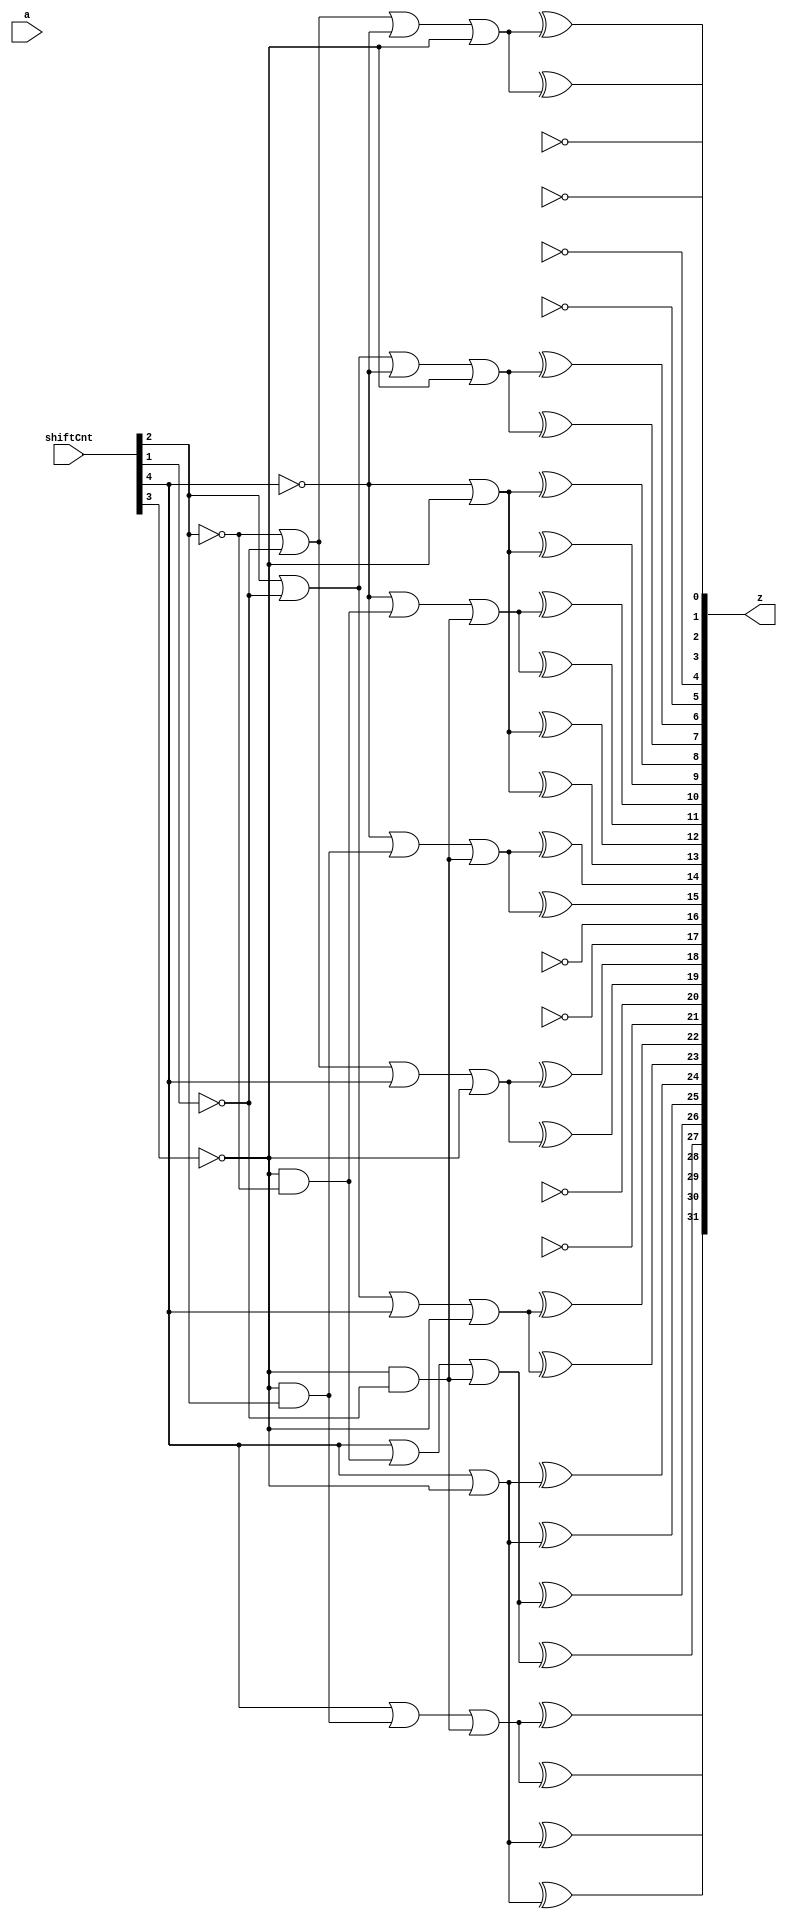
module top(z,a,shiftCnt);
	input [31:0]a;
	input [4:0]shiftCnt;
	output [31:0]z;
	wire m21_4_mux_24_18_g32_inv_sel0, m21_4_mux_24_18_g32_w_0, m21_4_mux_24_18_g32_w_1, m21_4_mux_24_18_g31_inv_sel0, m21_4_mux_24_18_g31_w_0, m21_4_mux_24_18_g31_w_1, m21_4_mux_24_18_g30_inv_sel0, m21_4_mux_24_18_g30_w_0, m21_4_mux_24_18_g30_w_1, m21_4_mux_24_18_g29_inv_sel0, m21_4_mux_24_18_g29_w_0, m21_4_mux_24_18_g29_w_1, m21_4_mux_24_18_g28_inv_sel0, m21_4_mux_24_18_g28_w_0, m21_4_mux_24_18_g28_w_1, m21_4_mux_24_18_g27_inv_sel0, m21_4_mux_24_18_g27_w_0, m21_4_mux_24_18_g27_w_1, m21_4_mux_24_18_g26_inv_sel0, m21_4_mux_24_18_g26_w_0, m21_4_mux_24_18_g26_w_1, m21_4_mux_24_18_g25_inv_sel0, m21_4_mux_24_18_g25_w_0, m21_4_mux_24_18_g25_w_1, m21_4_mux_24_18_g24_inv_sel0, m21_4_mux_24_18_g24_w_0, m21_4_mux_24_18_g24_w_1, m21_4_mux_24_18_g23_inv_sel0, m21_4_mux_24_18_g23_w_0, m21_4_mux_24_18_g23_w_1, m21_4_mux_24_18_g22_inv_sel0, m21_4_mux_24_18_g22_w_0, m21_4_mux_24_18_g22_w_1, m21_4_mux_24_18_g21_inv_sel0, m21_4_mux_24_18_g21_w_0, m21_4_mux_24_18_g21_w_1, m21_4_mux_24_18_g20_inv_sel0, m21_4_mux_24_18_g20_w_0, m21_4_mux_24_18_g20_w_1, m21_4_mux_24_18_g19_inv_sel0, m21_4_mux_24_18_g19_w_0, m21_4_mux_24_18_g19_w_1, m21_4_mux_24_18_g18_inv_sel0, m21_4_mux_24_18_g18_w_0, m21_4_mux_24_18_g18_w_1, m21_4_mux_24_18_g17_inv_sel0, m21_4_mux_24_18_g17_w_0, m21_4_mux_24_18_g17_w_1, m21_3_mux_24_18_g9_inv_sel0, m21_3_mux_24_18_g9_w_0, m21_3_mux_24_18_g9_w_1, m21_3_mux_24_18_g32_inv_sel0, m21_3_mux_24_18_g32_w_0, m21_3_mux_24_18_g32_w_1, m21_3_mux_24_18_g31_inv_sel0, m21_3_mux_24_18_g31_w_0, m21_3_mux_24_18_g31_w_1, m21_3_mux_24_18_g30_inv_sel0, m21_3_mux_24_18_g30_w_0, m21_3_mux_24_18_g30_w_1, m21_3_mux_24_18_g29_inv_sel0, m21_3_mux_24_18_g29_w_0, m21_3_mux_24_18_g29_w_1, m21_3_mux_24_18_g28_inv_sel0, m21_3_mux_24_18_g28_w_0, m21_3_mux_24_18_g28_w_1, m21_3_mux_24_18_g27_inv_sel0, m21_3_mux_24_18_g27_w_0, m21_3_mux_24_18_g27_w_1, m21_3_mux_24_18_g26_inv_sel0, m21_3_mux_24_18_g26_w_0, m21_3_mux_24_18_g26_w_1, m21_3_mux_24_18_g25_inv_sel0, m21_3_mux_24_18_g25_w_0, m21_3_mux_24_18_g25_w_1, m21_3_mux_24_18_g24_inv_sel0, m21_3_mux_24_18_g24_w_0, m21_3_mux_24_18_g24_w_1, m21_3_mux_24_18_g23_inv_sel0, m21_3_mux_24_18_g23_w_0, m21_3_mux_24_18_g23_w_1, m21_3_mux_24_18_g22_inv_sel0, m21_3_mux_24_18_g22_w_0, m21_3_mux_24_18_g22_w_1, m21_3_mux_24_18_g21_inv_sel0, m21_3_mux_24_18_g21_w_0, m21_3_mux_24_18_g21_w_1, m21_3_mux_24_18_g20_inv_sel0, m21_3_mux_24_18_g20_w_0, m21_3_mux_24_18_g20_w_1, m21_3_mux_24_18_g19_inv_sel0, m21_3_mux_24_18_g19_w_0, m21_3_mux_24_18_g19_w_1, m21_3_mux_24_18_g18_inv_sel0, m21_3_mux_24_18_g18_w_0, m21_3_mux_24_18_g18_w_1, m21_3_mux_24_18_g17_inv_sel0, m21_3_mux_24_18_g17_w_0, m21_3_mux_24_18_g17_w_1, m21_3_mux_24_18_g16_inv_sel0, m21_3_mux_24_18_g16_w_0, m21_3_mux_24_18_g16_w_1, m21_3_mux_24_18_g15_inv_sel0, m21_3_mux_24_18_g15_w_0, m21_3_mux_24_18_g15_w_1, m21_3_mux_24_18_g14_inv_sel0, m21_3_mux_24_18_g14_w_0, m21_3_mux_24_18_g14_w_1, m21_3_mux_24_18_g13_inv_sel0, m21_3_mux_24_18_g13_w_0, m21_3_mux_24_18_g13_w_1, m21_3_mux_24_18_g12_inv_sel0, m21_3_mux_24_18_g12_w_0, m21_3_mux_24_18_g12_w_1, m21_3_mux_24_18_g11_inv_sel0, m21_3_mux_24_18_g11_w_0, m21_3_mux_24_18_g11_w_1, m21_3_mux_24_18_g10_inv_sel0, m21_3_mux_24_18_g10_w_0, m21_3_mux_24_18_g10_w_1, m21_2_mux_24_18_g9_inv_sel0, m21_2_mux_24_18_g9_w_0, m21_2_mux_24_18_g9_w_1, m21_2_mux_24_18_g8_inv_sel0, m21_2_mux_24_18_g8_w_0, m21_2_mux_24_18_g8_w_1, m21_2_mux_24_18_g7_inv_sel0, m21_2_mux_24_18_g7_w_0, m21_2_mux_24_18_g7_w_1, m21_2_mux_24_18_g6_inv_sel0, m21_2_mux_24_18_g6_w_0, m21_2_mux_24_18_g6_w_1, m21_2_mux_24_18_g5_inv_sel0, m21_2_mux_24_18_g5_w_0, m21_2_mux_24_18_g5_w_1, m21_2_mux_24_18_g4_inv_sel0, m21_2_mux_24_18_g4_w_0, m21_2_mux_24_18_g4_w_1, m21_2_mux_24_18_g32_inv_sel0, m21_2_mux_24_18_g32_w_0, m21_2_mux_24_18_g32_w_1, m21_2_mux_24_18_g31_inv_sel0, m21_2_mux_24_18_g31_w_0, m21_2_mux_24_18_g31_w_1, m21_2_mux_24_18_g30_inv_sel0, m21_2_mux_24_18_g30_w_0, m21_2_mux_24_18_g30_w_1, m21_2_mux_24_18_g3_inv_sel0, m21_2_mux_24_18_g3_w_0, m21_2_mux_24_18_g3_w_1, m21_2_mux_24_18_g29_inv_sel0, m21_2_mux_24_18_g29_w_0, m21_2_mux_24_18_g29_w_1, m21_2_mux_24_18_g28_inv_sel0, m21_2_mux_24_18_g28_w_0, m21_2_mux_24_18_g28_w_1, m21_2_mux_24_18_g27_inv_sel0, m21_2_mux_24_18_g27_w_0, m21_2_mux_24_18_g27_w_1, m21_2_mux_24_18_g26_inv_sel0, m21_2_mux_24_18_g26_w_0, m21_2_mux_24_18_g26_w_1, m21_2_mux_24_18_g25_inv_sel0, m21_2_mux_24_18_g25_w_0, m21_2_mux_24_18_g25_w_1, m21_2_mux_24_18_g24_inv_sel0, m21_2_mux_24_18_g24_w_0, m21_2_mux_24_18_g24_w_1, m21_2_mux_24_18_g23_inv_sel0, m21_2_mux_24_18_g23_w_0, m21_2_mux_24_18_g23_w_1, m21_2_mux_24_18_g22_inv_sel0, m21_2_mux_24_18_g22_w_0, m21_2_mux_24_18_g22_w_1, m21_2_mux_24_18_g21_inv_sel0, m21_2_mux_24_18_g21_w_0, m21_2_mux_24_18_g21_w_1, m21_2_mux_24_18_g20_inv_sel0, m21_2_mux_24_18_g20_w_0, m21_2_mux_24_18_g20_w_1, m21_2_mux_24_18_g2_inv_sel0, m21_2_mux_24_18_g2_w_0, m21_2_mux_24_18_g2_w_1, m21_2_mux_24_18_g19_inv_sel0, m21_2_mux_24_18_g19_w_0, m21_2_mux_24_18_g19_w_1, m21_2_mux_24_18_g18_inv_sel0, m21_2_mux_24_18_g18_w_0, m21_2_mux_24_18_g18_w_1, m21_2_mux_24_18_g17_inv_sel0, m21_2_mux_24_18_g17_w_0, m21_2_mux_24_18_g17_w_1, m21_2_mux_24_18_g16_inv_sel0, m21_2_mux_24_18_g16_w_0, m21_2_mux_24_18_g16_w_1, m21_2_mux_24_18_g15_inv_sel0, m21_2_mux_24_18_g15_w_0, m21_2_mux_24_18_g15_w_1, m21_2_mux_24_18_g14_inv_sel0, m21_2_mux_24_18_g14_w_0, m21_2_mux_24_18_g14_w_1, m21_2_mux_24_18_g13_inv_sel0, m21_2_mux_24_18_g13_w_0, m21_2_mux_24_18_g13_w_1, m21_2_mux_24_18_g12_inv_sel0, m21_2_mux_24_18_g12_w_0, m21_2_mux_24_18_g12_w_1, m21_2_mux_24_18_g11_inv_sel0, m21_2_mux_24_18_g11_w_0, m21_2_mux_24_18_g11_w_1, m21_2_mux_24_18_g10_inv_sel0, m21_2_mux_24_18_g10_w_0, m21_2_mux_24_18_g10_w_1, m21_2_mux_24_18_g1_inv_sel0, m21_2_mux_24_18_g1_w_0, m21_2_mux_24_18_g1_w_1, m21_1_mux_24_18_g9_inv_sel0, m21_1_mux_24_18_g9_w_0, m21_1_mux_24_18_g9_w_1, m21_1_mux_24_18_g8_inv_sel0, m21_1_mux_24_18_g8_w_0, m21_1_mux_24_18_g8_w_1, m21_1_mux_24_18_g7_inv_sel0, m21_1_mux_24_18_g7_w_0, m21_1_mux_24_18_g7_w_1, m21_1_mux_24_18_g6_inv_sel0, m21_1_mux_24_18_g6_w_0, m21_1_mux_24_18_g6_w_1, m21_1_mux_24_18_g5_inv_sel0, m21_1_mux_24_18_g5_w_0, m21_1_mux_24_18_g5_w_1, m21_1_mux_24_18_g4_inv_sel0, m21_1_mux_24_18_g4_w_0, m21_1_mux_24_18_g4_w_1, m21_1_mux_24_18_g32_inv_sel0, m21_1_mux_24_18_g32_w_0, m21_1_mux_24_18_g32_w_1, m21_1_mux_24_18_g31_inv_sel0, m21_1_mux_24_18_g31_w_0, m21_1_mux_24_18_g31_w_1, m21_1_mux_24_18_g30_inv_sel0, m21_1_mux_24_18_g30_w_0, m21_1_mux_24_18_g30_w_1, m21_1_mux_24_18_g3_inv_sel0, m21_1_mux_24_18_g3_w_0, m21_1_mux_24_18_g3_w_1, m21_1_mux_24_18_g29_inv_sel0, m21_1_mux_24_18_g29_w_0, m21_1_mux_24_18_g29_w_1, m21_1_mux_24_18_g28_inv_sel0, m21_1_mux_24_18_g28_w_0, m21_1_mux_24_18_g28_w_1, m21_1_mux_24_18_g27_inv_sel0, m21_1_mux_24_18_g27_w_0, m21_1_mux_24_18_g27_w_1, m21_1_mux_24_18_g26_inv_sel0, m21_1_mux_24_18_g26_w_0, m21_1_mux_24_18_g26_w_1, m21_1_mux_24_18_g25_inv_sel0, m21_1_mux_24_18_g25_w_0, m21_1_mux_24_18_g25_w_1, m21_1_mux_24_18_g24_inv_sel0, m21_1_mux_24_18_g24_w_0, m21_1_mux_24_18_g24_w_1, m21_1_mux_24_18_g23_inv_sel0, m21_1_mux_24_18_g23_w_0, m21_1_mux_24_18_g23_w_1, m21_1_mux_24_18_g22_inv_sel0, m21_1_mux_24_18_g22_w_0, m21_1_mux_24_18_g22_w_1, m21_1_mux_24_18_g21_inv_sel0, m21_1_mux_24_18_g21_w_0, m21_1_mux_24_18_g21_w_1, m21_1_mux_24_18_g20_inv_sel0, m21_1_mux_24_18_g20_w_0, m21_1_mux_24_18_g20_w_1, m21_1_mux_24_18_g2_inv_sel0, m21_1_mux_24_18_g2_w_0, m21_1_mux_24_18_g2_w_1, m21_1_mux_24_18_g19_inv_sel0, m21_1_mux_24_18_g19_w_0, m21_1_mux_24_18_g19_w_1, m21_1_mux_24_18_g18_inv_sel0, m21_1_mux_24_18_g18_w_0, m21_1_mux_24_18_g18_w_1, m21_1_mux_24_18_g17_inv_sel0, m21_1_mux_24_18_g17_w_0, m21_1_mux_24_18_g17_w_1, m21_1_mux_24_18_g16_inv_sel0, m21_1_mux_24_18_g16_w_0, m21_1_mux_24_18_g16_w_1, m21_1_mux_24_18_g15_inv_sel0, m21_1_mux_24_18_g15_w_0, m21_1_mux_24_18_g15_w_1, m21_1_mux_24_18_g14_inv_sel0, m21_1_mux_24_18_g14_w_0, m21_1_mux_24_18_g14_w_1, m21_1_mux_24_18_g13_inv_sel0, m21_1_mux_24_18_g13_w_0, m21_1_mux_24_18_g13_w_1, m21_1_mux_24_18_g12_inv_sel0, m21_1_mux_24_18_g12_w_0, m21_1_mux_24_18_g12_w_1, m21_1_mux_24_18_g11_inv_sel0, m21_1_mux_24_18_g11_w_0, m21_1_mux_24_18_g11_w_1, m21_1_mux_24_18_g10_inv_sel0, m21_1_mux_24_18_g10_w_0, m21_1_mux_24_18_g10_w_1, m21_0_mux_24_18_g9_inv_sel0, m21_0_mux_24_18_g9_w_0, m21_0_mux_24_18_g9_w_1, m21_0_mux_24_18_g8_inv_sel0, m21_0_mux_24_18_g8_w_0, m21_0_mux_24_18_g8_w_1, m21_0_mux_24_18_g7_inv_sel0, m21_0_mux_24_18_g7_w_0, m21_0_mux_24_18_g7_w_1, m21_0_mux_24_18_g6_inv_sel0, m21_0_mux_24_18_g6_w_0, m21_0_mux_24_18_g6_w_1, m21_0_mux_24_18_g5_inv_sel0, m21_0_mux_24_18_g5_w_0, m21_0_mux_24_18_g5_w_1, m21_0_mux_24_18_g4_inv_sel0, m21_0_mux_24_18_g4_w_0, m21_0_mux_24_18_g4_w_1, m21_0_mux_24_18_g32_inv_sel0, m21_0_mux_24_18_g32_w_0, m21_0_mux_24_18_g32_w_1, m21_0_mux_24_18_g31_inv_sel0, m21_0_mux_24_18_g31_w_0, m21_0_mux_24_18_g31_w_1, m21_0_mux_24_18_g30_inv_sel0, m21_0_mux_24_18_g30_w_0, m21_0_mux_24_18_g30_w_1, m21_0_mux_24_18_g3_inv_sel0, m21_0_mux_24_18_g3_w_0, m21_0_mux_24_18_g3_w_1, m21_0_mux_24_18_g29_inv_sel0, m21_0_mux_24_18_g29_w_0, m21_0_mux_24_18_g29_w_1, m21_0_mux_24_18_g28_inv_sel0, m21_0_mux_24_18_g28_w_0, m21_0_mux_24_18_g28_w_1, m21_0_mux_24_18_g27_inv_sel0, m21_0_mux_24_18_g27_w_0, m21_0_mux_24_18_g27_w_1, m21_0_mux_24_18_g26_inv_sel0, m21_0_mux_24_18_g26_w_0, m21_0_mux_24_18_g26_w_1, m21_0_mux_24_18_g25_inv_sel0, m21_0_mux_24_18_g25_w_0, m21_0_mux_24_18_g25_w_1, m21_0_mux_24_18_g24_inv_sel0, m21_0_mux_24_18_g24_w_0, m21_0_mux_24_18_g24_w_1, m21_0_mux_24_18_g23_inv_sel0, m21_0_mux_24_18_g23_w_0, m21_0_mux_24_18_g23_w_1, m21_0_mux_24_18_g22_inv_sel0, m21_0_mux_24_18_g22_w_0, m21_0_mux_24_18_g22_w_1, m21_0_mux_24_18_g21_inv_sel0, m21_0_mux_24_18_g21_w_0, m21_0_mux_24_18_g21_w_1, m21_0_mux_24_18_g20_inv_sel0, m21_0_mux_24_18_g20_w_0, m21_0_mux_24_18_g20_w_1, m21_0_mux_24_18_g2_inv_sel0, m21_0_mux_24_18_g2_w_0, m21_0_mux_24_18_g2_w_1, m21_0_mux_24_18_g19_inv_sel0, m21_0_mux_24_18_g19_w_0, m21_0_mux_24_18_g19_w_1, m21_0_mux_24_18_g18_inv_sel0, m21_0_mux_24_18_g18_w_0, m21_0_mux_24_18_g18_w_1, m21_0_mux_24_18_g17_inv_sel0, m21_0_mux_24_18_g17_w_0, m21_0_mux_24_18_g17_w_1, m21_0_mux_24_18_g16_inv_sel0, m21_0_mux_24_18_g16_w_0, m21_0_mux_24_18_g16_w_1, m21_0_mux_24_18_g15_inv_sel0, m21_0_mux_24_18_g15_w_0, m21_0_mux_24_18_g15_w_1, m21_0_mux_24_18_g14_inv_sel0, m21_0_mux_24_18_g14_w_0, m21_0_mux_24_18_g14_w_1, m21_0_mux_24_18_g13_inv_sel0, m21_0_mux_24_18_g13_w_0, m21_0_mux_24_18_g13_w_1, m21_0_mux_24_18_g12_inv_sel0, m21_0_mux_24_18_g12_w_0, m21_0_mux_24_18_g12_w_1, m21_0_mux_24_18_g11_inv_sel0, m21_0_mux_24_18_g11_w_0, m21_0_mux_24_18_g11_w_1, m21_0_mux_24_18_g10_inv_sel0, m21_0_mux_24_18_g10_w_0, m21_0_mux_24_18_g10_w_1, n_228, n_227, n_224, n_223, n_220, n_219, n_216, n_215, n_212, n_211, n_208, n_207, n_204, n_203, n_200, n_199, n_196, n_195, n_192, n_191, n_188, n_187, n_184, n_183, n_180, n_179, n_176, n_175, n_172, n_171, n_168, n_167, n_166, n_165, n_164, n_163, n_160, n_159, n_156, n_155, n_152, n_151, n_148, n_147, n_144, n_143, n_140, n_139, n_136, n_135, n_134, n_133, m21_4_n_81, m21_4_n_80, m21_4_n_79, m21_4_n_78, m21_4_n_77, m21_4_n_76, m21_4_n_75, m21_4_n_74, m21_4_n_73, m21_4_n_72, m21_4_n_71, m21_4_n_70, m21_4_n_69, m21_4_n_68, m21_4_n_67, m21_4_n_66, m21_3_n_89, m21_3_n_88, m21_3_n_87, m21_3_n_86, m21_3_n_85, m21_3_n_84, m21_3_n_83, m21_3_n_82, m21_3_n_81, m21_3_n_80, m21_3_n_79, m21_3_n_78, m21_3_n_77, m21_3_n_76, m21_3_n_75, m21_3_n_74, m21_3_n_73, m21_3_n_72, m21_3_n_71, m21_3_n_70, m21_3_n_69, m21_3_n_68, m21_3_n_67, m21_3_n_66, m21_2_n_97, m21_2_n_96, m21_2_n_95, m21_2_n_94, m21_2_n_93, m21_2_n_92, m21_2_n_91, m21_2_n_90, m21_2_n_89, m21_2_n_88, m21_2_n_87, m21_2_n_86, m21_2_n_85, m21_2_n_84, m21_2_n_83, m21_2_n_82, m21_2_n_81, m21_2_n_80, m21_2_n_79, m21_2_n_78, m21_2_n_77, m21_2_n_76, m21_2_n_75, m21_2_n_74, m21_2_n_73, m21_2_n_72, m21_2_n_71, m21_2_n_70, m21_2_n_69, m21_2_n_68, m21_2_n_67, m21_2_n_66, m21_1_n_96, m21_1_n_95, m21_1_n_94, m21_1_n_93, m21_1_n_92, m21_1_n_91, m21_1_n_90, m21_1_n_89, m21_1_n_88, m21_1_n_87, m21_1_n_86, m21_1_n_85, m21_1_n_84, m21_1_n_83, m21_1_n_82, m21_1_n_81, m21_1_n_80, m21_1_n_79, m21_1_n_78, m21_1_n_77, m21_1_n_76, m21_1_n_75, m21_1_n_74, m21_1_n_73, m21_1_n_72, m21_1_n_71, m21_1_n_70, m21_1_n_69, m21_1_n_68, m21_1_n_67, m21_1_n_66, m21_0_n_96, m21_0_n_95, m21_0_n_94, m21_0_n_93, m21_0_n_92, m21_0_n_91, m21_0_n_90, m21_0_n_89, m21_0_n_88, m21_0_n_87, m21_0_n_86, m21_0_n_85, m21_0_n_84, m21_0_n_83, m21_0_n_82, m21_0_n_81, m21_0_n_80, m21_0_n_79, m21_0_n_78, m21_0_n_77, m21_0_n_76, m21_0_n_75, m21_0_n_74, m21_0_n_73, m21_0_n_72, m21_0_n_71, m21_0_n_70, m21_0_n_69, m21_0_n_68, m21_0_n_67, m21_0_n_66;
	wire [31:0]d3, d2, d1, d0, z;
	wire [4:0]shiftCnt;
	wire [31:0]a;
	wire sub_wire0, w_eco0, w_eco1, w_eco2, w_eco3, sub_wire1, w_eco4, w_eco5, w_eco6, w_eco7, w_eco8, sub_wire2, w_eco9, sub_wire3, w_eco10, sub_wire4, w_eco11, w_eco12, w_eco13, w_eco14, w_eco15, sub_wire5, w_eco16, w_eco17, w_eco18, w_eco19, w_eco20, sub_wire6, w_eco21, sub_wire7, w_eco22, sub_wire8, w_eco23, w_eco24, w_eco25, w_eco26, sub_wire9, w_eco27, w_eco28, w_eco29, w_eco30, sub_wire10, w_eco31, w_eco32, w_eco33, sub_wire11, w_eco34, w_eco35, w_eco36, w_eco37, sub_wire12, w_eco38, w_eco39, w_eco40, sub_wire13, w_eco41, w_eco42, w_eco43, w_eco44, sub_wire14, w_eco45, w_eco46, w_eco47, w_eco48, sub_wire15, w_eco49, w_eco50, w_eco51, sub_wire16, w_eco52, w_eco53, w_eco54, sub_wire17, w_eco55, w_eco56, w_eco57, w_eco58, w_eco59, sub_wire18, w_eco60, w_eco61, w_eco62, w_eco63, w_eco64, sub_wire19, w_eco65, sub_wire20, w_eco66, sub_wire21, w_eco67, w_eco68, w_eco69, w_eco70, w_eco71, sub_wire22, w_eco72, w_eco73, w_eco74, sub_wire23, w_eco75, w_eco76, w_eco77, w_eco78, w_eco79, sub_wire24, w_eco80, sub_wire25, w_eco81, sub_wire26, w_eco82, w_eco83, w_eco84, sub_wire27, w_eco85, w_eco86, w_eco87, w_eco88, sub_wire28, w_eco89, w_eco90, w_eco91, w_eco92, sub_wire29, w_eco93, w_eco94, w_eco95, sub_wire30, w_eco96, w_eco97, w_eco98, sub_wire31, w_eco99, w_eco100, w_eco101, w_eco102, w_eco103;

	assign w_eco0 = shiftCnt[4];
	and _ECO_1(w_eco1, !shiftCnt[3], shiftCnt[2]);
	and _ECO_2(w_eco2, !shiftCnt[3], !shiftCnt[1]);
	or _ECO_3(w_eco3, w_eco0, w_eco1, w_eco2);
	xor _ECO_out0(z[31], sub_wire0, w_eco3);
	assign w_eco4 = shiftCnt[2];
	assign w_eco5 = !shiftCnt[1];
	assign w_eco6 = shiftCnt[4];
	assign w_eco7 = !shiftCnt[3];
	or _ECO_8(w_eco8, w_eco4, w_eco5, w_eco6, w_eco7);
	xor _ECO_out1(z[22], sub_wire1, w_eco8);
	assign w_eco9 = 1'b1;
	xor _ECO_out2(z[21], sub_wire2, w_eco9);
	assign w_eco10 = 1'b1;
	xor _ECO_out3(z[20], sub_wire3, w_eco10);
	assign w_eco11 = !shiftCnt[2];
	assign w_eco12 = !shiftCnt[1];
	assign w_eco13 = shiftCnt[4];
	assign w_eco14 = !shiftCnt[3];
	or _ECO_15(w_eco15, w_eco11, w_eco12, w_eco13, w_eco14);
	xor _ECO_out4(z[19], sub_wire4, w_eco15);
	assign w_eco16 = !shiftCnt[2];
	assign w_eco17 = !shiftCnt[1];
	assign w_eco18 = shiftCnt[4];
	assign w_eco19 = !shiftCnt[3];
	or _ECO_20(w_eco20, w_eco16, w_eco17, w_eco18, w_eco19);
	xor _ECO_out5(z[18], sub_wire5, w_eco20);
	assign w_eco21 = 1'b1;
	xor _ECO_out6(z[17], sub_wire6, w_eco21);
	assign w_eco22 = 1'b1;
	xor _ECO_out7(z[16], sub_wire7, w_eco22);
	assign w_eco23 = !shiftCnt[4];
	and _ECO_24(w_eco24, !shiftCnt[3], shiftCnt[2]);
	and _ECO_25(w_eco25, !shiftCnt[3], !shiftCnt[1]);
	or _ECO_26(w_eco26, w_eco23, w_eco24, w_eco25);
	xor _ECO_out8(z[15], sub_wire8, w_eco26);
	assign w_eco27 = !shiftCnt[4];
	and _ECO_28(w_eco28, !shiftCnt[3], shiftCnt[2]);
	and _ECO_29(w_eco29, !shiftCnt[3], !shiftCnt[1]);
	or _ECO_30(w_eco30, w_eco27, w_eco28, w_eco29);
	xor _ECO_out9(z[14], sub_wire9, w_eco30);
	assign w_eco31 = !shiftCnt[4];
	assign w_eco32 = !shiftCnt[3];
	or _ECO_33(w_eco33, w_eco31, w_eco32);
	xor _ECO_out10(z[13], sub_wire10, w_eco33);
	assign w_eco34 = shiftCnt[4];
	and _ECO_35(w_eco35, !shiftCnt[3], shiftCnt[2]);
	and _ECO_36(w_eco36, !shiftCnt[3], !shiftCnt[1]);
	or _ECO_37(w_eco37, w_eco34, w_eco35, w_eco36);
	xor _ECO_out11(z[30], sub_wire11, w_eco37);
	assign w_eco38 = !shiftCnt[4];
	assign w_eco39 = !shiftCnt[3];
	or _ECO_40(w_eco40, w_eco38, w_eco39);
	xor _ECO_out12(z[12], sub_wire12, w_eco40);
	assign w_eco41 = !shiftCnt[4];
	and _ECO_42(w_eco42, !shiftCnt[3], !shiftCnt[2]);
	and _ECO_43(w_eco43, !shiftCnt[3], !shiftCnt[1]);
	or _ECO_44(w_eco44, w_eco41, w_eco42, w_eco43);
	xor _ECO_out13(z[11], sub_wire13, w_eco44);
	assign w_eco45 = !shiftCnt[4];
	and _ECO_46(w_eco46, !shiftCnt[3], !shiftCnt[2]);
	and _ECO_47(w_eco47, !shiftCnt[3], !shiftCnt[1]);
	or _ECO_48(w_eco48, w_eco45, w_eco46, w_eco47);
	xor _ECO_out14(z[10], sub_wire14, w_eco48);
	assign w_eco49 = !shiftCnt[4];
	assign w_eco50 = !shiftCnt[3];
	or _ECO_51(w_eco51, w_eco49, w_eco50);
	xor _ECO_out15(z[9], sub_wire15, w_eco51);
	assign w_eco52 = !shiftCnt[4];
	assign w_eco53 = !shiftCnt[3];
	or _ECO_54(w_eco54, w_eco52, w_eco53);
	xor _ECO_out16(z[8], sub_wire16, w_eco54);
	assign w_eco55 = shiftCnt[2];
	assign w_eco56 = !shiftCnt[1];
	assign w_eco57 = !shiftCnt[4];
	assign w_eco58 = !shiftCnt[3];
	or _ECO_59(w_eco59, w_eco55, w_eco56, w_eco57, w_eco58);
	xor _ECO_out17(z[7], sub_wire17, w_eco59);
	assign w_eco60 = shiftCnt[2];
	assign w_eco61 = !shiftCnt[1];
	assign w_eco62 = !shiftCnt[4];
	assign w_eco63 = !shiftCnt[3];
	or _ECO_64(w_eco64, w_eco60, w_eco61, w_eco62, w_eco63);
	xor _ECO_out18(z[6], sub_wire18, w_eco64);
	assign w_eco65 = 1'b1;
	xor _ECO_out19(z[5], sub_wire19, w_eco65);
	assign w_eco66 = 1'b1;
	xor _ECO_out20(z[4], sub_wire20, w_eco66);
	assign w_eco67 = !shiftCnt[2];
	assign w_eco68 = !shiftCnt[1];
	assign w_eco69 = !shiftCnt[4];
	assign w_eco70 = !shiftCnt[3];
	or _ECO_71(w_eco71, w_eco67, w_eco68, w_eco69, w_eco70);
	xor _ECO_out21(z[3], sub_wire21, w_eco71);
	assign w_eco72 = shiftCnt[4];
	assign w_eco73 = !shiftCnt[3];
	or _ECO_74(w_eco74, w_eco72, w_eco73);
	xor _ECO_out22(z[29], sub_wire22, w_eco74);
	assign w_eco75 = !shiftCnt[2];
	assign w_eco76 = !shiftCnt[1];
	assign w_eco77 = !shiftCnt[4];
	assign w_eco78 = !shiftCnt[3];
	or _ECO_79(w_eco79, w_eco75, w_eco76, w_eco77, w_eco78);
	xor _ECO_out23(z[2], sub_wire23, w_eco79);
	assign w_eco80 = 1'b1;
	xor _ECO_out24(z[1], sub_wire24, w_eco80);
	assign w_eco81 = 1'b1;
	xor _ECO_out25(z[0], sub_wire25, w_eco81);
	assign w_eco82 = shiftCnt[4];
	assign w_eco83 = !shiftCnt[3];
	or _ECO_84(w_eco84, w_eco82, w_eco83);
	xor _ECO_out26(z[28], sub_wire26, w_eco84);
	assign w_eco85 = shiftCnt[4];
	and _ECO_86(w_eco86, !shiftCnt[3], !shiftCnt[2]);
	and _ECO_87(w_eco87, !shiftCnt[3], !shiftCnt[1]);
	or _ECO_88(w_eco88, w_eco85, w_eco86, w_eco87);
	xor _ECO_out27(z[27], sub_wire27, w_eco88);
	assign w_eco89 = shiftCnt[4];
	and _ECO_90(w_eco90, !shiftCnt[3], !shiftCnt[2]);
	and _ECO_91(w_eco91, !shiftCnt[3], !shiftCnt[1]);
	or _ECO_92(w_eco92, w_eco89, w_eco90, w_eco91);
	xor _ECO_out28(z[26], sub_wire28, w_eco92);
	assign w_eco93 = shiftCnt[4];
	assign w_eco94 = !shiftCnt[3];
	or _ECO_95(w_eco95, w_eco93, w_eco94);
	xor _ECO_out29(z[25], sub_wire29, w_eco95);
	assign w_eco96 = shiftCnt[4];
	assign w_eco97 = !shiftCnt[3];
	or _ECO_98(w_eco98, w_eco96, w_eco97);
	xor _ECO_out30(z[24], sub_wire30, w_eco98);
	assign w_eco99 = shiftCnt[2];
	assign w_eco100 = !shiftCnt[1];
	assign w_eco101 = shiftCnt[4];
	assign w_eco102 = !shiftCnt[3];
	or _ECO_103(w_eco103, w_eco99, w_eco100, w_eco101, w_eco102);
	xor _ECO_out31(z[23], sub_wire31, w_eco103);

endmodule